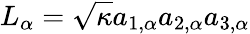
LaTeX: L_{\alpha}=\sqrt{\kappa}a_{1,\alpha}a_{2,\alpha}a_{3,\alpha}